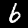
Label: 6